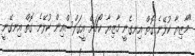
"މާޒިޔާ ކުޅޭނެ ގޮތް އިނގެނީ މާޒިޔާ ކޯޗަށް އީގަލްސްއިން ކުޅޭނެ ގޮތް އިނގޭނީ